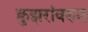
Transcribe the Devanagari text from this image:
क्रुझरांवरुन